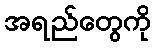
အရည်တွေကို